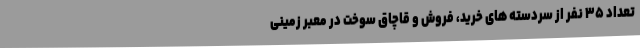
تعداد ۳۵ نفر از سردسته های خرید، فروش و قاچاق سوخت در معبر زمینی